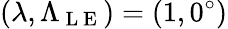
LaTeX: (\lambda,\Lambda_{\mathrm{~L~E~}})=(1,0^{\circ})